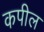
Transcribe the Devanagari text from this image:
कपील